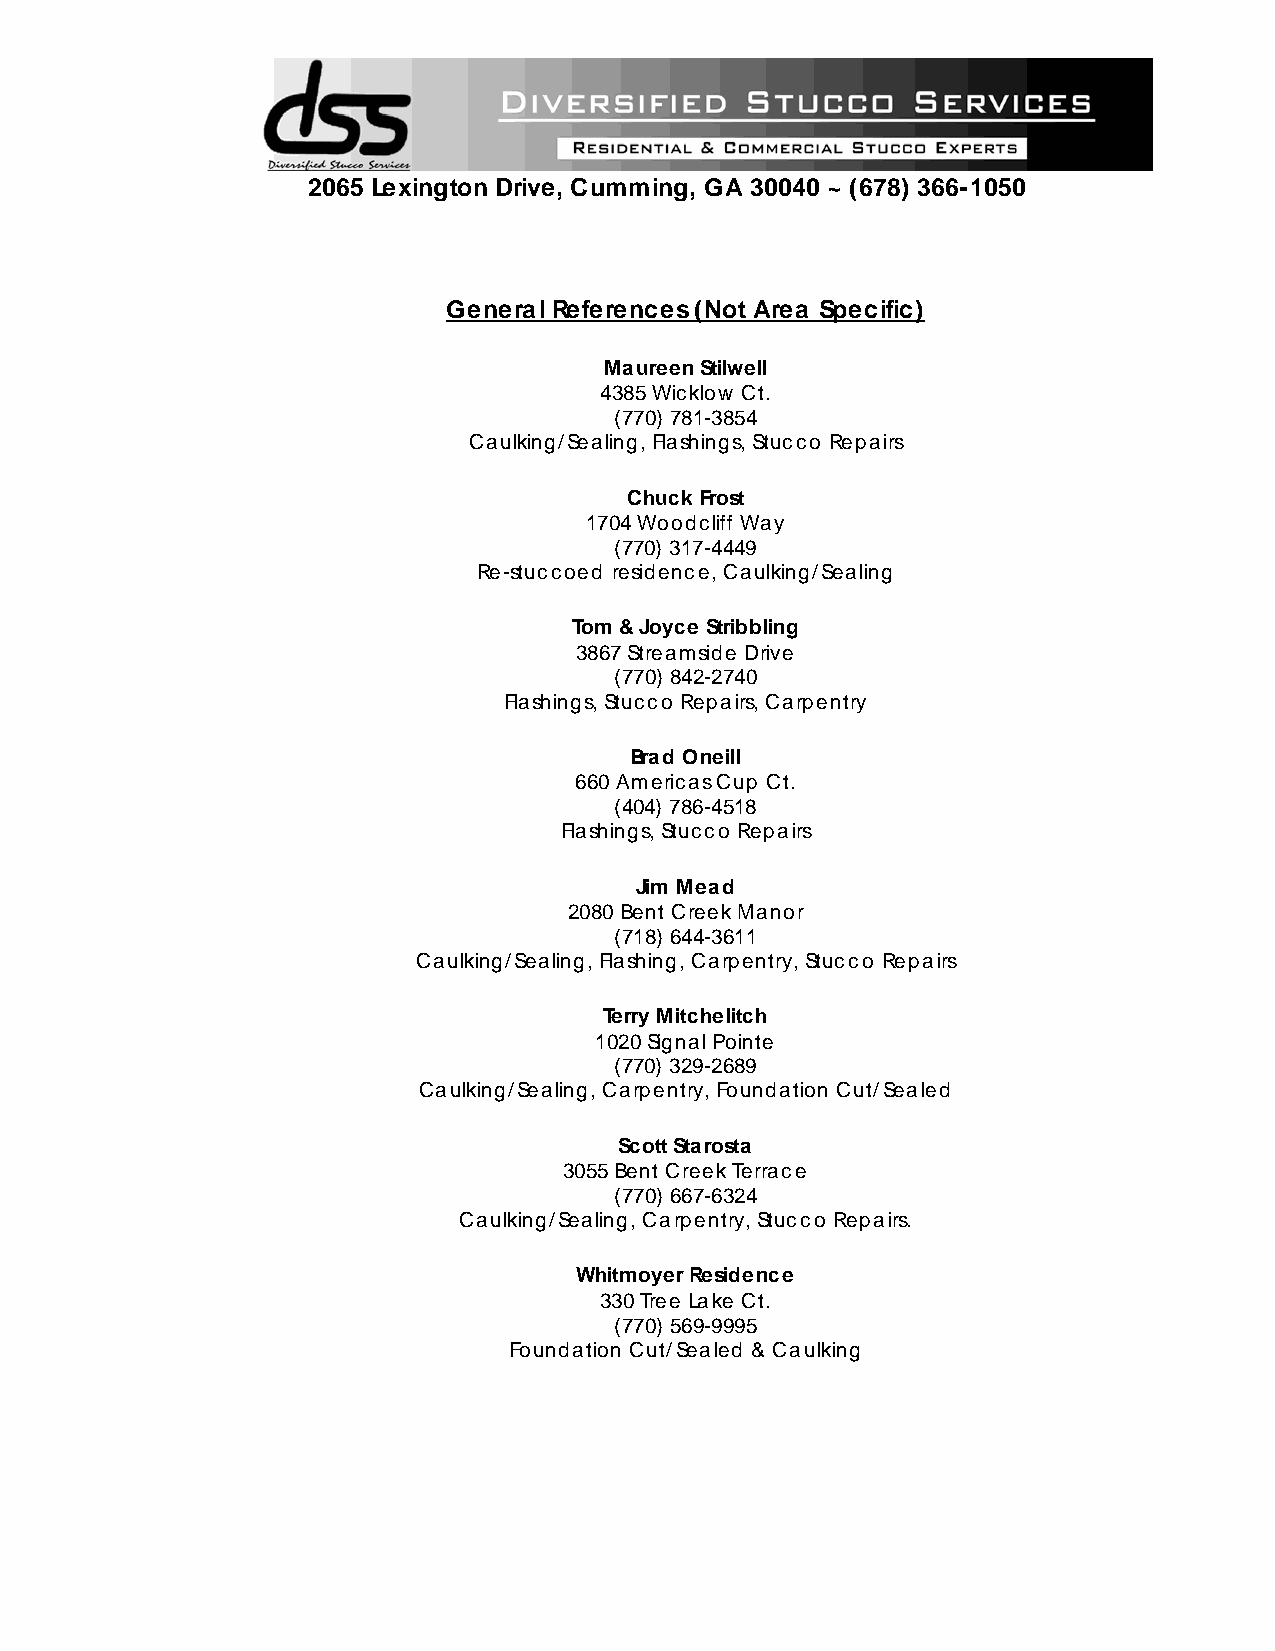
2065 Lexington Drive, Cumming, GA 30040 ~ (678) 366-1050
 General References (Not Area Specific)
 Maureen Stilwell
 4385 Wicklow Ct.
 (770) 781-3854
 Caulking/Sealing, Flashings, Stucco Repairs
 Chuck Frost
 1704 Woodcliff Way
 (770) 317-4449
 Re-stuccoed residence, Caulking/Sealing
 Tom & Joyce Stribbling
 3867 Streamside Drive
 (770) 842-2740
 Flashings, Stucco Repairs, Carpentry
 Brad Oneill
 660 Americas Cup Ct.
 (404) 786-4518
 Flashings, Stucco Repairs
 Jim Mead
 2080 Bent Creek Manor
 (718) 644-3611
 Caulking/Sealing, Flashing, Carpentry, Stucco Repairs
 Terry Mitchelitch
 1020 Signal Pointe
 (770) 329-2689
 Caulking/Sealing, Carpentry, Foundation Cut/Sealed
 Scott Starosta
 3055 Bent Creek Terrace
 (770) 667-6324
 Caulking/Sealing, Carpentry, Stucco Repairs.
 Whitmoyer Residence
 330 Tree Lake Ct.
 (770) 569-9995
 Foundation Cut/Sealed & Caulking